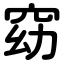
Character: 窈